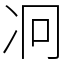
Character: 𠖷